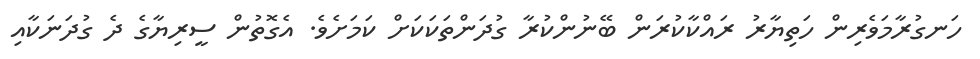
ހަނގުރާމަވެރިން ހަތިޔާރު ރައްކާކުރަން ބޭނުންކުރާ ގުދަންތަކަކަށް ކަމަށެވެ. އެގޮތުން ސީރިޔާގެ ދެ ގުދަނަކާއި